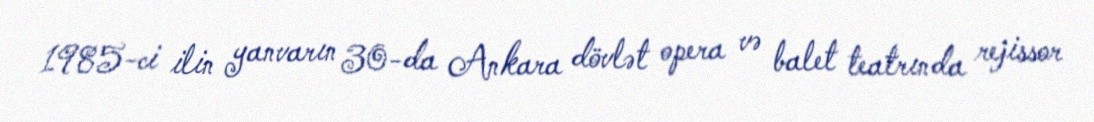
1985-ci ilin yanvarın 30-da Ankara dövlət opera və balet teatrında rejissor